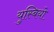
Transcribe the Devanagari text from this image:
युस्बियो